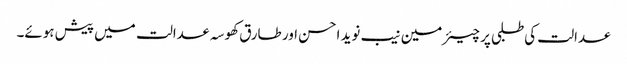
عدالت کی طلبی پر چیئرمین نیب نوید احسن اور طارق کھوسہ عدالت میں پیش ہوئے۔